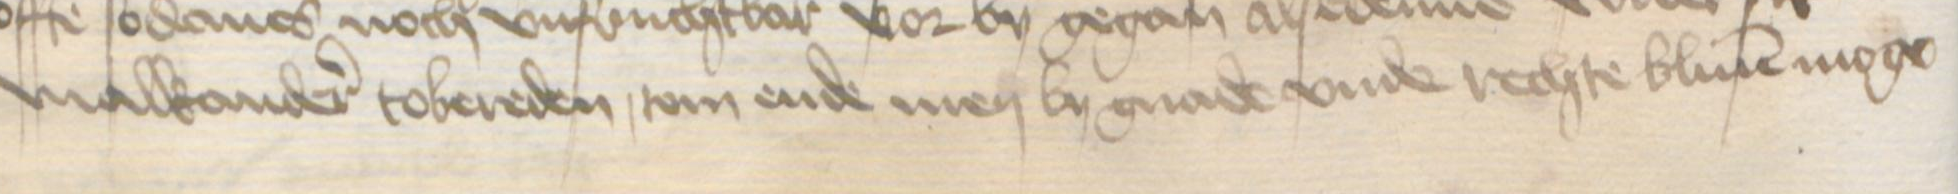
Transcription: malkander tobereden, tom ende men by gnade vnde rechte bliuen moge